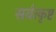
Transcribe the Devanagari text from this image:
सर्वत्कृष्ट